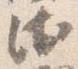
衛